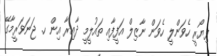
ފިޔޯރީ ހެވަންލީ ހެވަން ނާޒިލް އަފީފާއި ތައުލީމީ ދާއިރާ އިން ހ. ޖަނަވަރީމާގޭ